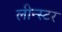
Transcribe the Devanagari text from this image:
लीन्स्टर